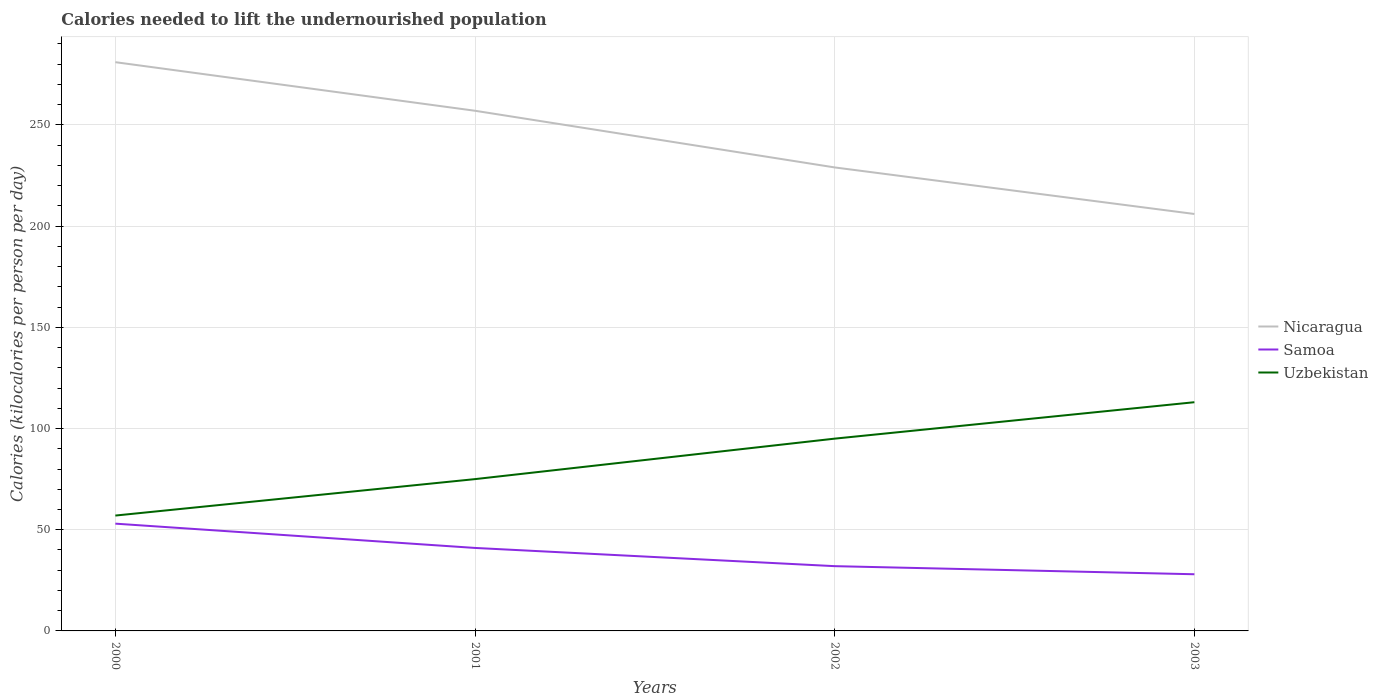
| Years | Nicaragua | Samoa | Uzbekistan |
 | --- | --- | --- | --- |
 | 2000 | 281 | 53 | 57 |
 | 2001 | 257 | 41 | 75 |
 | 2002 | 229 | 32 | 95 |
 | 2003 | 206 | 28 | 113 |